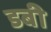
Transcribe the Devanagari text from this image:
डबी